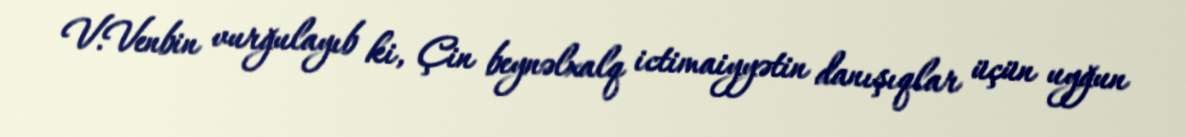
V.Venbin vurğulayıb ki, Çin beynəlxalq ictimaiyyətin danışıqlar üçün uyğun